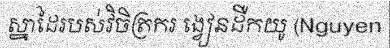
ស្នាដៃរបស់វិចិត្រករ ង្វៀនដឺកយូ (Nguyen